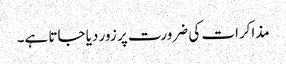
مذاکرات کی ضرورت پر زور دیا جاتا ہے۔